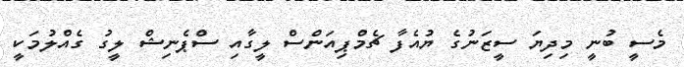
މެސީ ބުނީ މިދިޔަ ސީޒަނުގެ ޔުއެފާ ޗެމްޕިއަންސް ލީގާއި ސްޕެނިޝް ލީގު ގެއްލުމަކީ